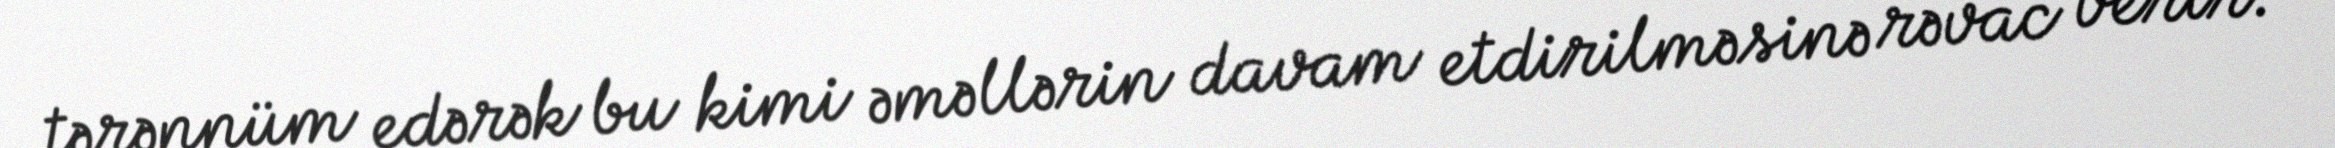
tərənnüm edərək bu kimi əməllərin davam etdirilməsinə rəvac verir.